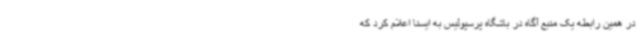
در همین رابطه یک منبع آگاه در باشگاه پرسپولیس به ایسنا اعلام کرد که